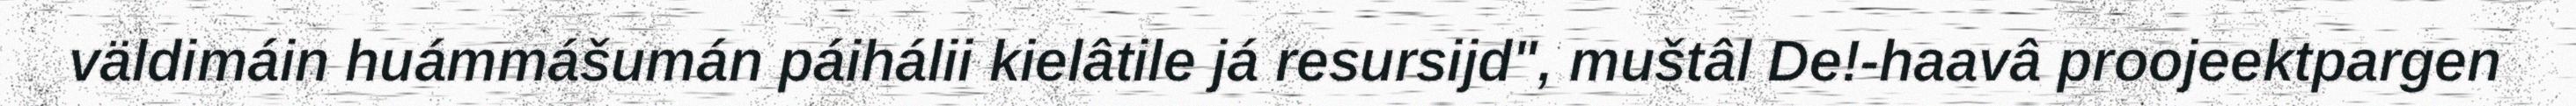
väldimáin huámmášumán páihálii kielâtile já resursijd", muštâl De!-haavâ proojeektpargen